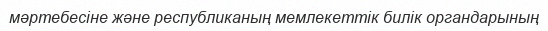
мәртебесіне және республиканың мемлекеттік билік органдарының